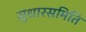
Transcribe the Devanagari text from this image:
सुधारसमिति